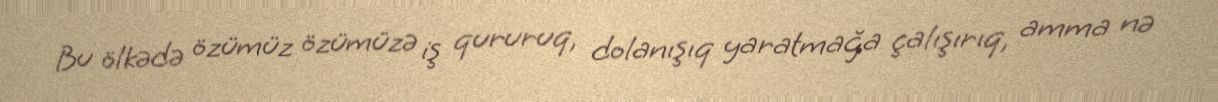
Bu ölkədə özümüz özümüzə iş qururuq, dolanışıq yaratmağa çalışırıq, amma nə